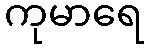
ကုမာရေ